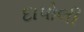
દાપોલી